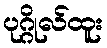
ပုဂ္ဂိုလ်ထူး